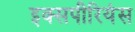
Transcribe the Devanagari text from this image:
इक्सपीरियंस